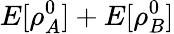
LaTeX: E[\rho_{A}^{0}]+E[\rho_{B}^{0}]